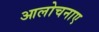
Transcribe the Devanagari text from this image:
आलोचनाए